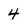
Character: 4